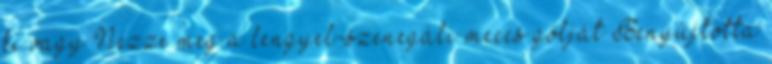
ki vagy Nézze meg a lengyel-szenegáli meccs gólját Benyújtotta